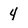
Character: 4